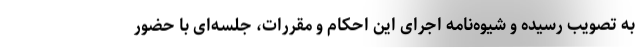
به تصویب رسیده و شیوه‌نامه اجرای این احکام و مقررات، جلسه‌ای با حضور